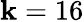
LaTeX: \mathbf{k}=16